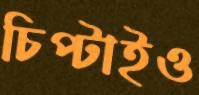
চিপ্‌টাইও